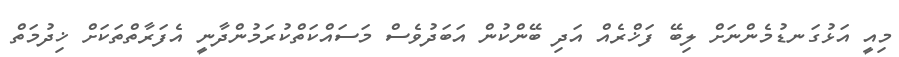
މިއީ އަޅުގަނޑުމެންނަށް ލިބޭ ފަޚްރެއް އަދި ބޭންކުން އަބަދުވެސް މަސައްކަތްކުރަމުންދާނީ އެފަރާތްތަކަށް ޚިދުމަތް